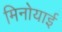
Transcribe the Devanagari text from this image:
मिनोयाई